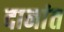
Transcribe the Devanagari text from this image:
दानांत